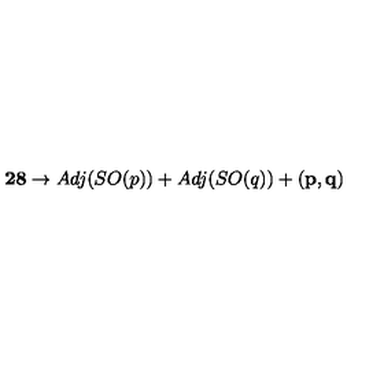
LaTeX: { \bf 2 8 } \rightarrow A d j ( S O ( p ) ) + A d j ( S O ( q ) ) + { \bf ( p , q ) }